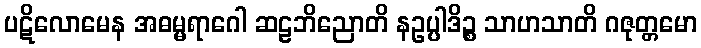
ပဋိလောမေန အဓမ္မရာဂေါ ဆဠဘိညောတိ နဥပ္ပါဒိဉ္စ သာဟသာတိ ဂဇုတ္တမော